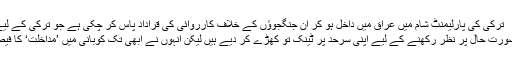
ترکی کی پارلیمنٹ شام میں عراق میں داخل ہو کر ان جنگجوؤں کے خلاف کارروائی کی قراداد پاس کر چکی ہے جو ترکی کے لیے خطرہ ہیں
ترکی نے صورتِ حال پر نظر رکھنے کے لیے اپنی سرحد پر ٹینک تو کھڑے کر دیے ہیں لیکن انہوں نے ابھی تک کوبانی میں ’مداخلت‘ کا فیصلہ نہیں کیا۔